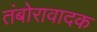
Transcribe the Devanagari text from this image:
तंबोरावादक